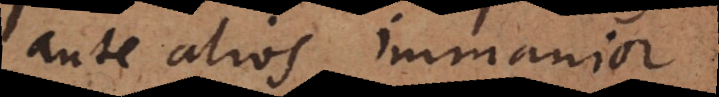
ante alios immanior